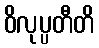
ဝိလုပ္ပတီတိ